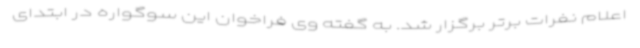
اعلام نفرات برتر برگزار شد. به گفته وی فراخوان این سوگواره در ابتدای